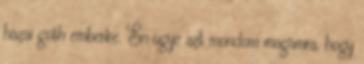
hazai goth emberke. Én ugye azt mondom magamra, hogy